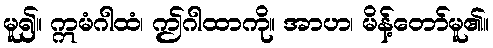
မူ၍။ ဣမံဂါထံ၊ ဤဂါထာကို။ အာဟ၊ မိန့်တော်မူ၏။